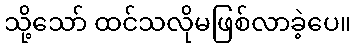
သို့သော် ထင်သလိုမဖြစ်လာခဲ့ပေ။